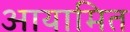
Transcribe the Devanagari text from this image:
आयामित